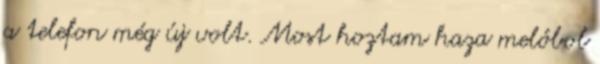
a telefon még új volt. Most hoztam haza melóbol